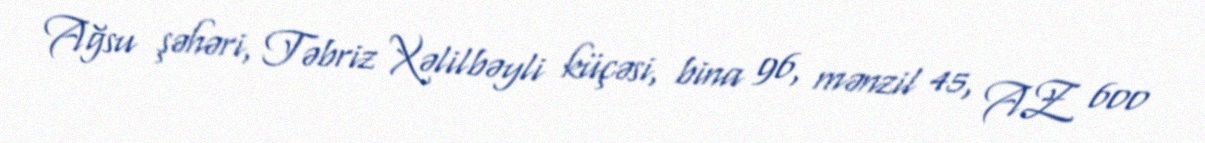
Ağsu şəhəri, Təbriz Xəlilbəyli küçəsi, bina 96, mənzil 45, AZ 600